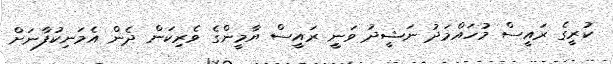
ކުރީގެ ރައީސް މުހައްމަދު ނަޝީދު ވަނީ ރައީސް ޔާމީންގެ ވެރިކަން ދެން އެމަނިކުފާނަށް